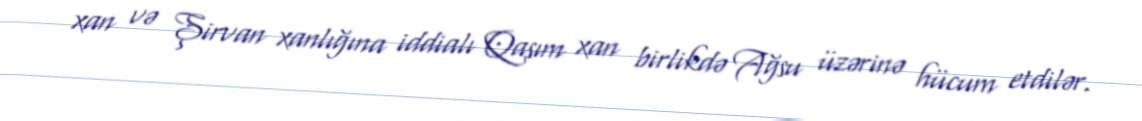
xan və Şirvan xanlığına iddialı Qasım xan birlikdə Ağsu üzərinə hücum etdilər.